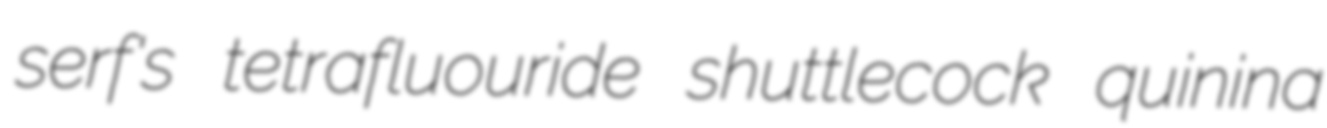
serf's tetrafluouride shuttlecock quinina